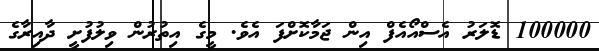
100000 ޑޮލަރު އެސްއޯއެފް އިން ޖަމާކޮށްފަ އެވެ. މީގެ އިތުރުން ވިލުފުށީ ދާއިރާގެ